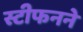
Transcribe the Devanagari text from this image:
स्टीफनने